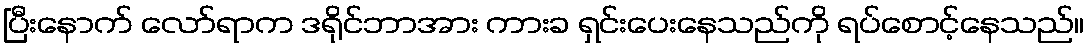
ပြီးနောက် လော်ရာက ဒရိုင်ဘာအား ကားခ ရှင်းပေးနေသည်ကို ရပ်စောင့်နေသည်။